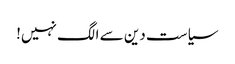
سیاست دین سے الگ نہیں!